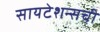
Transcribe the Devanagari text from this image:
सायटेशन्सची